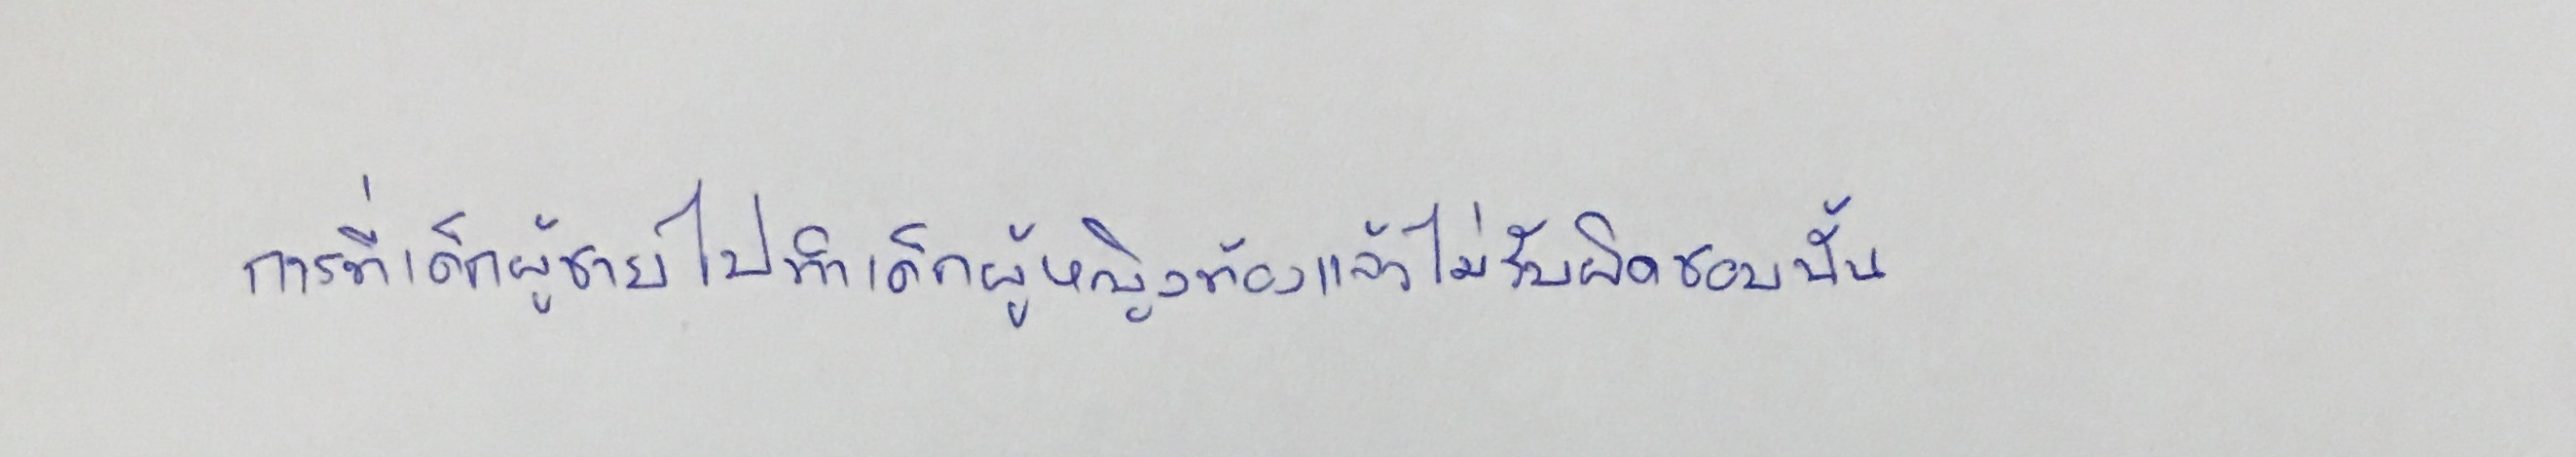
การที่เด็กผู้ชายไปทำเด็กผู้หญิงท้องแล้วไม่รับผิดชอบนั้น